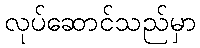
လုပ်ဆောင်သည်မှာ